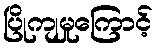
ပြိုကျမှုကြောင့်